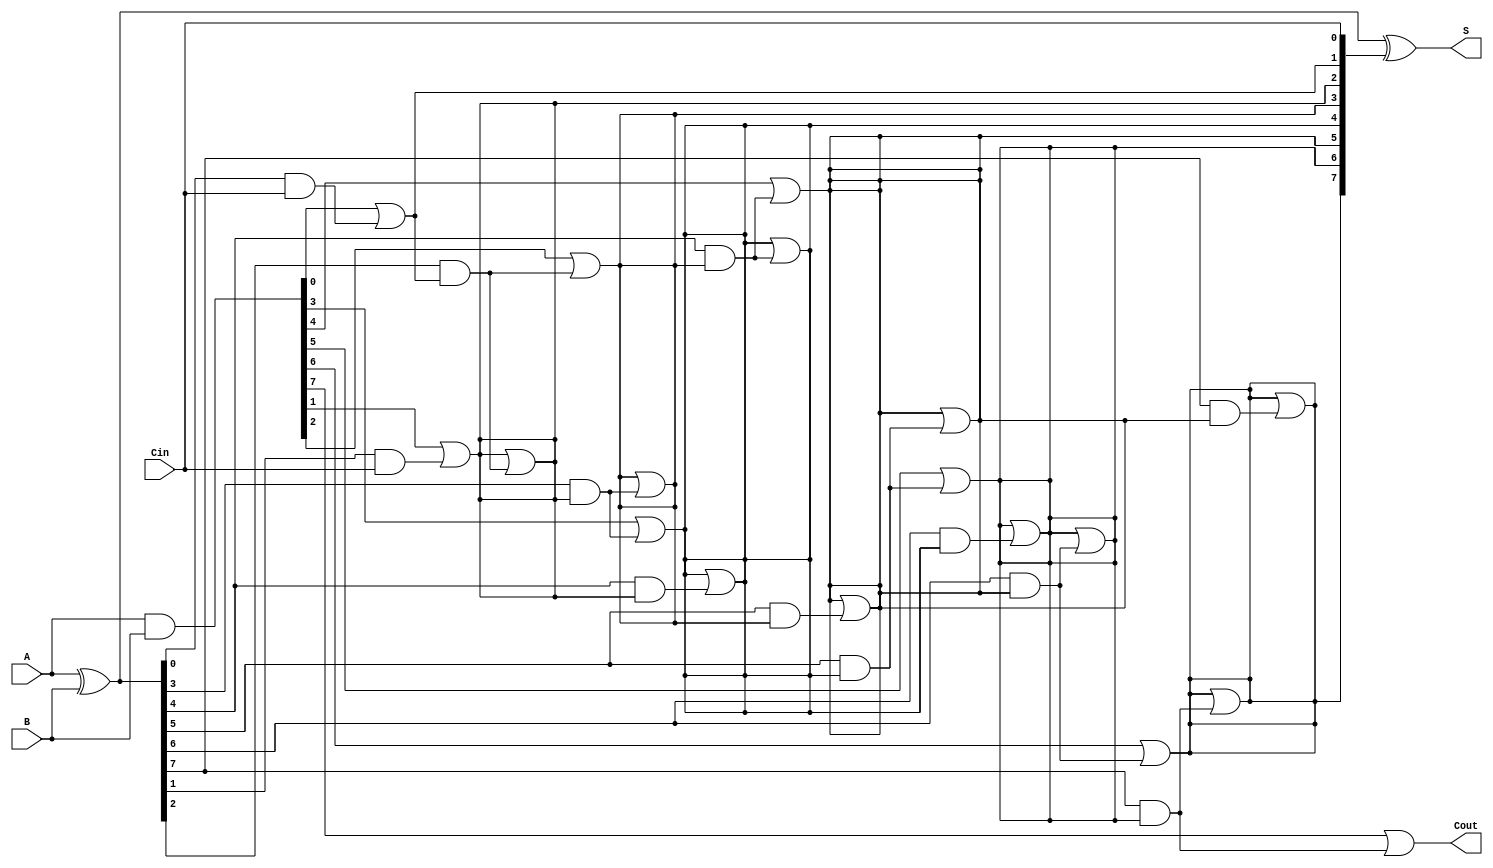
module ParallelPrefixAdder #(parameter N = 8) (
    input [N-1:0] A,       // First input
    input [N-1:0] B,       // Second input
    input Cin,             // Carry-in
    output [N-1:0] S,      // Sum output
    output Cout            // Carry-out output
);
    // Intermediate signals
    wire [N-1:0] P;        // Propagate signals
    wire [N-1:0] G;        // Generate signals
    wire [N:0] C;          // Carry signals (C[0] = Cin)

    // Preprocessing stage: Generate P and G signals
    assign P = A ^ B;      // Propagate
    assign G = A & B;      // Generate

    // Carry generation using Kogge-Stone method
    assign C[0] = Cin;     // Carry-in

    genvar i, j;
    generate
        // Level 1
        for (i = 0; i < N; i = i + 1) begin: level1
            if (i == 0) begin
                assign C[i + 1] = G[i] | (P[i] & C[i]);
            end else begin
                assign C[i + 1] = G[i] | (P[i] & C[i - 1]);
            end
        end

        // Higher levels (2 to log2(N))
        for (j = 1; j < $clog2(N); j = j + 1) begin: higher_levels
            for (i = 0; i < N; i = i + 1) begin: level
                if (i >= (1 << j)) begin
                    assign C[i] = C[i] | (P[i] & C[i - (1 << (j - 1))]);
                end
            end
        end
    endgenerate

    // Sum calculation
    assign S = P ^ C[N-1:0]; // Sum bits
    assign Cout = C[N];      // Final carry-out

endmodule